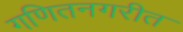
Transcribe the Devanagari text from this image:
गणितनगरीत